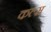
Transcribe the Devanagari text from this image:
कल्स